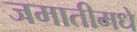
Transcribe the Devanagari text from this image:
जमातीमधे